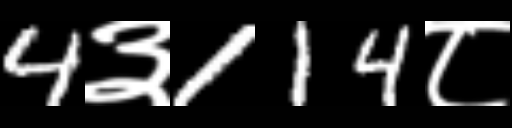
Text: 4३114८